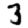
Digit: 3